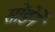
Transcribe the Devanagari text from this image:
सोंडेने